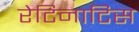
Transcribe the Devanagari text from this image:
रेटिनाटिस